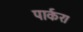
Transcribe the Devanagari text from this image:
पार्कर।